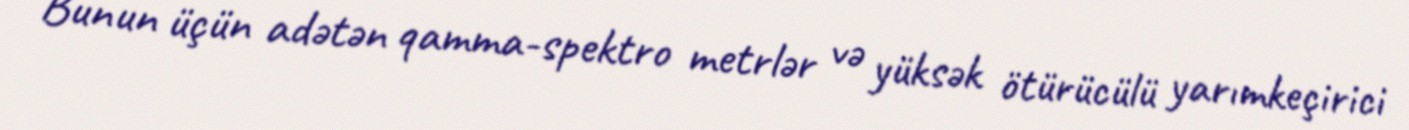
Bunun üçün adətən qamma-spektro metrlər və yüksək ötürücülü yarımkeçirici